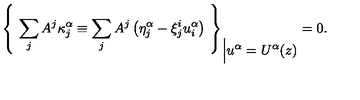
{ \left\{ \ \sum _ { j } A ^ { j } \kappa _ { j } ^ { \alpha } \equiv \sum _ { j } A ^ { j } \left( \eta _ { j } ^ { \alpha } - \xi _ { j } ^ { i } u _ { i } ^ { \alpha } \right) \ \right\} } _ { \Big \vert \displaystyle { u ^ { \alpha } = U ^ { \alpha } ( z ) } } = 0 .